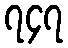
၇၄၇